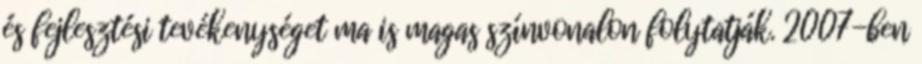
és fejlesztési tevékenységet ma is magas színvonalon folytatják. 2007-ben